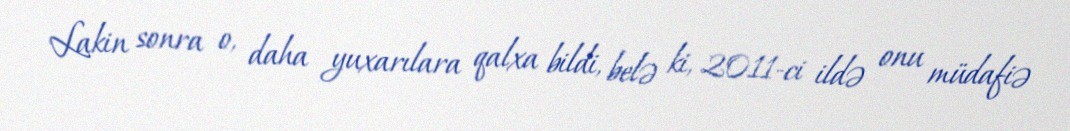
Lakin sonra o, daha yuxarılara qalxa bildi, belə ki, 2011-ci ildə onu müdafiə